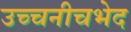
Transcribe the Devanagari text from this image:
उच्चनीचभेद